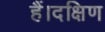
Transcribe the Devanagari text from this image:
हैं।दक्षिण